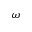
\omega